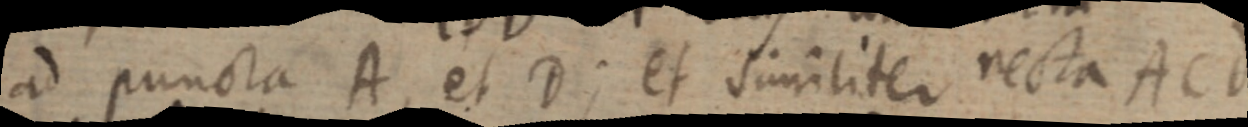
ad puncta A, et D; et similiter recta ACd